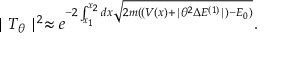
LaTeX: \mid T _ { \theta } \mid ^ { 2 } \approx e ^ { - 2 \int _ { x _ { 1 } } ^ { x _ { 2 } } d x \sqrt { 2 m ( ( V ( x ) + \mid \theta ^ { 2 } \Delta E ^ { ( 1 ) } \mid ) - E _ { 0 } ) } } .